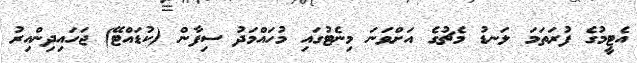
އެޓީމުގެ ފުރަތަމަ ލަނޑު މެޗުގެ އަށްވަނަ މިނެޓުގައި މުހައްމަދު ސިފާން (ކުޑައްޓޭ) ޖަހައިދިންއިރު